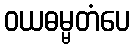
ဝယဓမ္မတံပေ